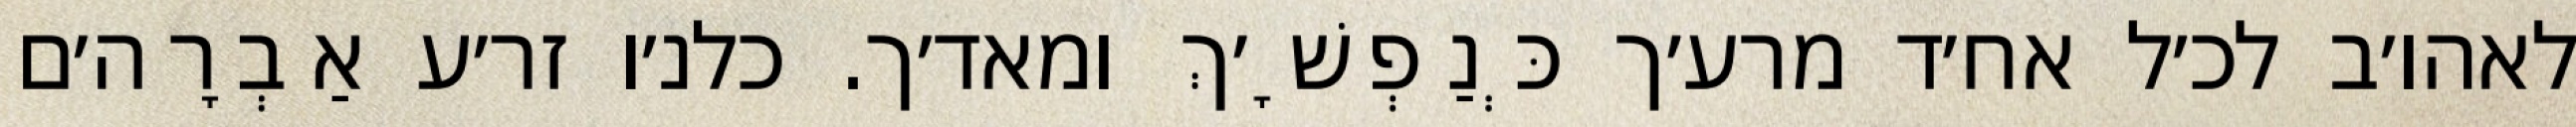
לאהו׳ב לכ׳ל אח׳ד מרע׳ך כְּנַפְשָׁ׳ךְ ומאד׳ך. כלנ׳ו זר׳ע אַבְרָה׳ם